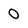
Character: 0